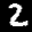
Label: 2